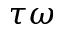
\tau \omega